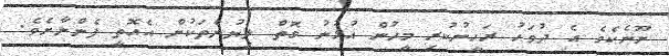
ނޫނެކެވެ އެ ދުވަހު ރަހީނުކުރި މީހުން އުޅުނު ގޮތް ލިޔުންތަކުން އެއޮތީ ފެންނާށެވެ.